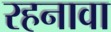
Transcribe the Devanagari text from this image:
रहनावा